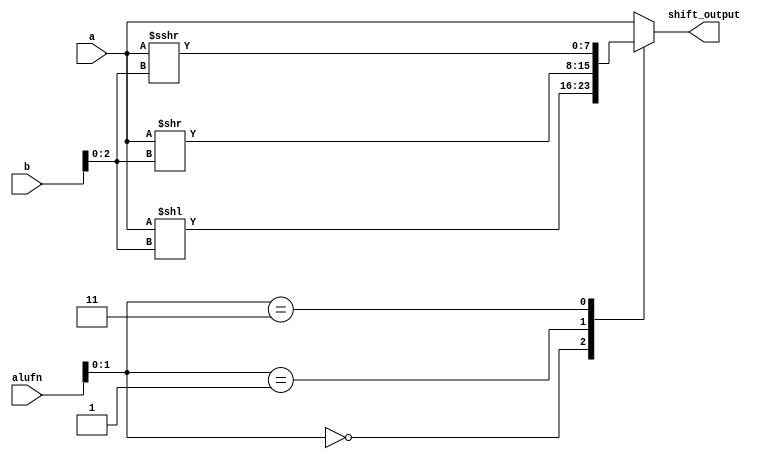
module shifter_mod_10 (
    input [5:0] alufn,
    input [7:0] a,
    input [7:0] b,
    output reg [7:0] shift_output
  );
  
  
  
  always @* begin
    
    case (alufn[0+1-:2])
      2'h0: begin
        shift_output = a << b[0+2-:3];
      end
      2'h1: begin
        shift_output = a >> b[0+2-:3];
      end
      2'h3: begin
        shift_output = $signed(a) >>> b[0+2-:3];
      end
      default: begin
        shift_output = a;
      end
    endcase
  end
endmodule